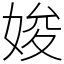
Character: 㛖